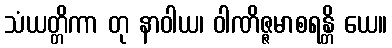
သံယတ္တိကာ တု နာဝါယ၊ ဝါဏိဇ္ဇမာစရန္တိ ယေ။